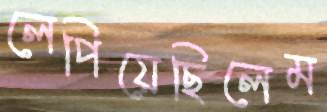
লেপিয়েছিলেম